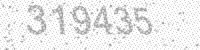
Solution: 319435